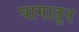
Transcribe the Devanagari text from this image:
घामातून